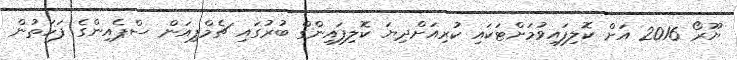
ޔޫރޯ 2016 އަށް ކޮލިފައިވުމަށްޓަކައި ކުރިއަށްދިޔަ ކޮލިފައިންގް ބުރުގައި ޗެމްޕިއަން ސްޕެއިންގެ ފަހަތުން